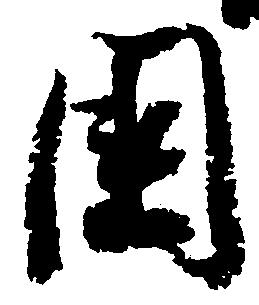
国